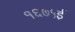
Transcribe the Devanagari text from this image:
१६७५ई